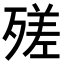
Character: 𣩈